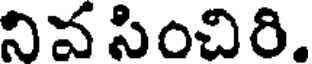
నివ సించిరి.